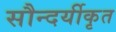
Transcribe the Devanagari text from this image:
सौन्दर्यीकृत